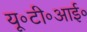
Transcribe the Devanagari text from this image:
यू॰टी॰आई॰